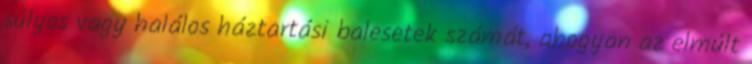
súlyos vagy halálos háztartási balesetek számát, ahogyan az elmúlt